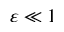
\varepsilon \ll 1